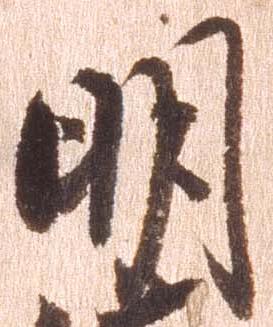
明